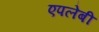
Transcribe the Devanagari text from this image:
एपलेबी